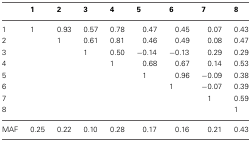
|  | 1 | 2 | 3 | 4 | 5 | 6 | 7 | 8 |
 | --- | --- | --- | --- | --- | --- | --- | --- | --- |
 | 1 | 1 | 0.93 | 0.57 | 0.78 | 0.47 | 0.45 | 0.07 | 0.43 |
 | 2 |  | 1 | 0.61 | 0.81 | 0.46 | 0.49 | 0.08 | 0.47 |
 | 3 |  |  | 1 | 0.50 | −0.14 | −0.13 | 0.29 | 0.29 |
 | 4 |  |  |  | 1 | 0.68 | 0.67 | 0.14 | 0.53 |
 | 5 |  |  |  |  | 1 | 0.96 | −0.09 | 0.38 |
 | 6 |  |  |  |  |  | 1 | −0.07 | 0.39 |
 | 7 |  |  |  |  |  |  | 1 | 0.59 |
 | 8 |  |  |  |  |  |  |  | 1 |
 | MAF | 0.25 | 0.22 | 0.10 | 0.28 | 0.17 | 0.16 | 0.21 | 0.43 |